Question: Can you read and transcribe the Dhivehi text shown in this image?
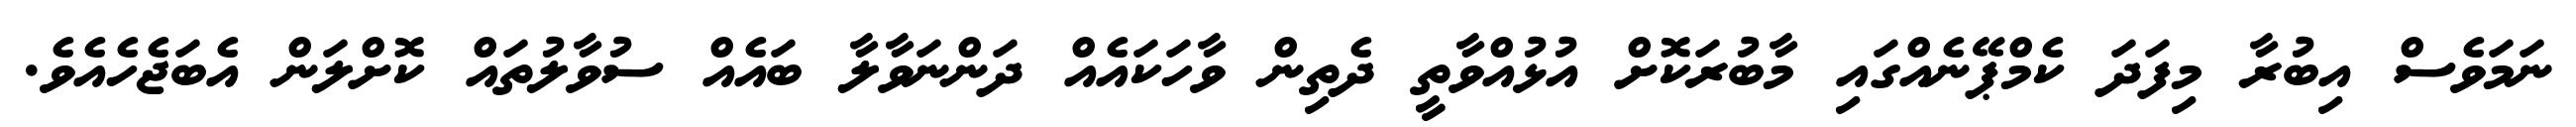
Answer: ނަމަވެސް އިބުރާ މިފަދަ ކެމްޕޭނެއްގައި މާބުރަކޮށް އުޅުއްވާތީ ދެތިން ވާހަކައެއް ދަންނަވާލާ ބައެއް ސުވާލުތައް ކޮށްލަން އެބަޖެހެއެވެ.